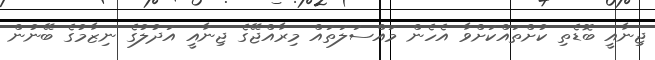
ޖިނާއީ ބޮޑެތި ކުށްތައްކަށްވާ އެހެން މައްސަލަތައް މިރާއްޖޭގެ ޖިނާއީ އަދުލުގެ ނިޒާމުގެ ބޭނުން